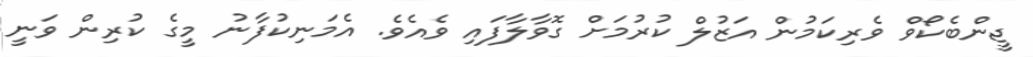
ޖީންބެކޯވް ވެރިކަމުން އަޒުލް ކުރުމަށް ގޮވާލާފައި ވެއެވެ. އެމަނިކުފާނު މީގެ ކުރިން ވަނީ